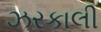
ઝરકાલી